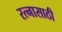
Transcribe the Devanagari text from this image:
रत्‍नासाठी